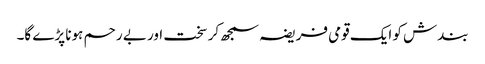
بندش کو ایک قومی فریضہ سمجھ کر سخت اور بے رحم ہونا پڑے گا۔